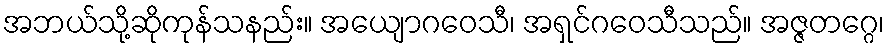
အဘယ်သို့ဆိုကုန်သနည်း။ အယျောဂဝေသီ၊ အရှင်ဂဝေသီသည်။ အဇ္ဇတဂ္ဂေ၊